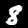
Digit: 8